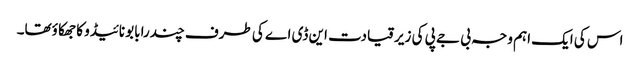
اس کی ایک اہم وجہ بی جے پی کی زیرقیادت این ڈی اے کی طرف چندرابابو نائیڈو کا جھکا ؤتھا۔